341_110677_Numerical_File,_5-2500
Agency: Department of War
Incident date: 10/14/55
Incident location: Azerbaijan
Page 8
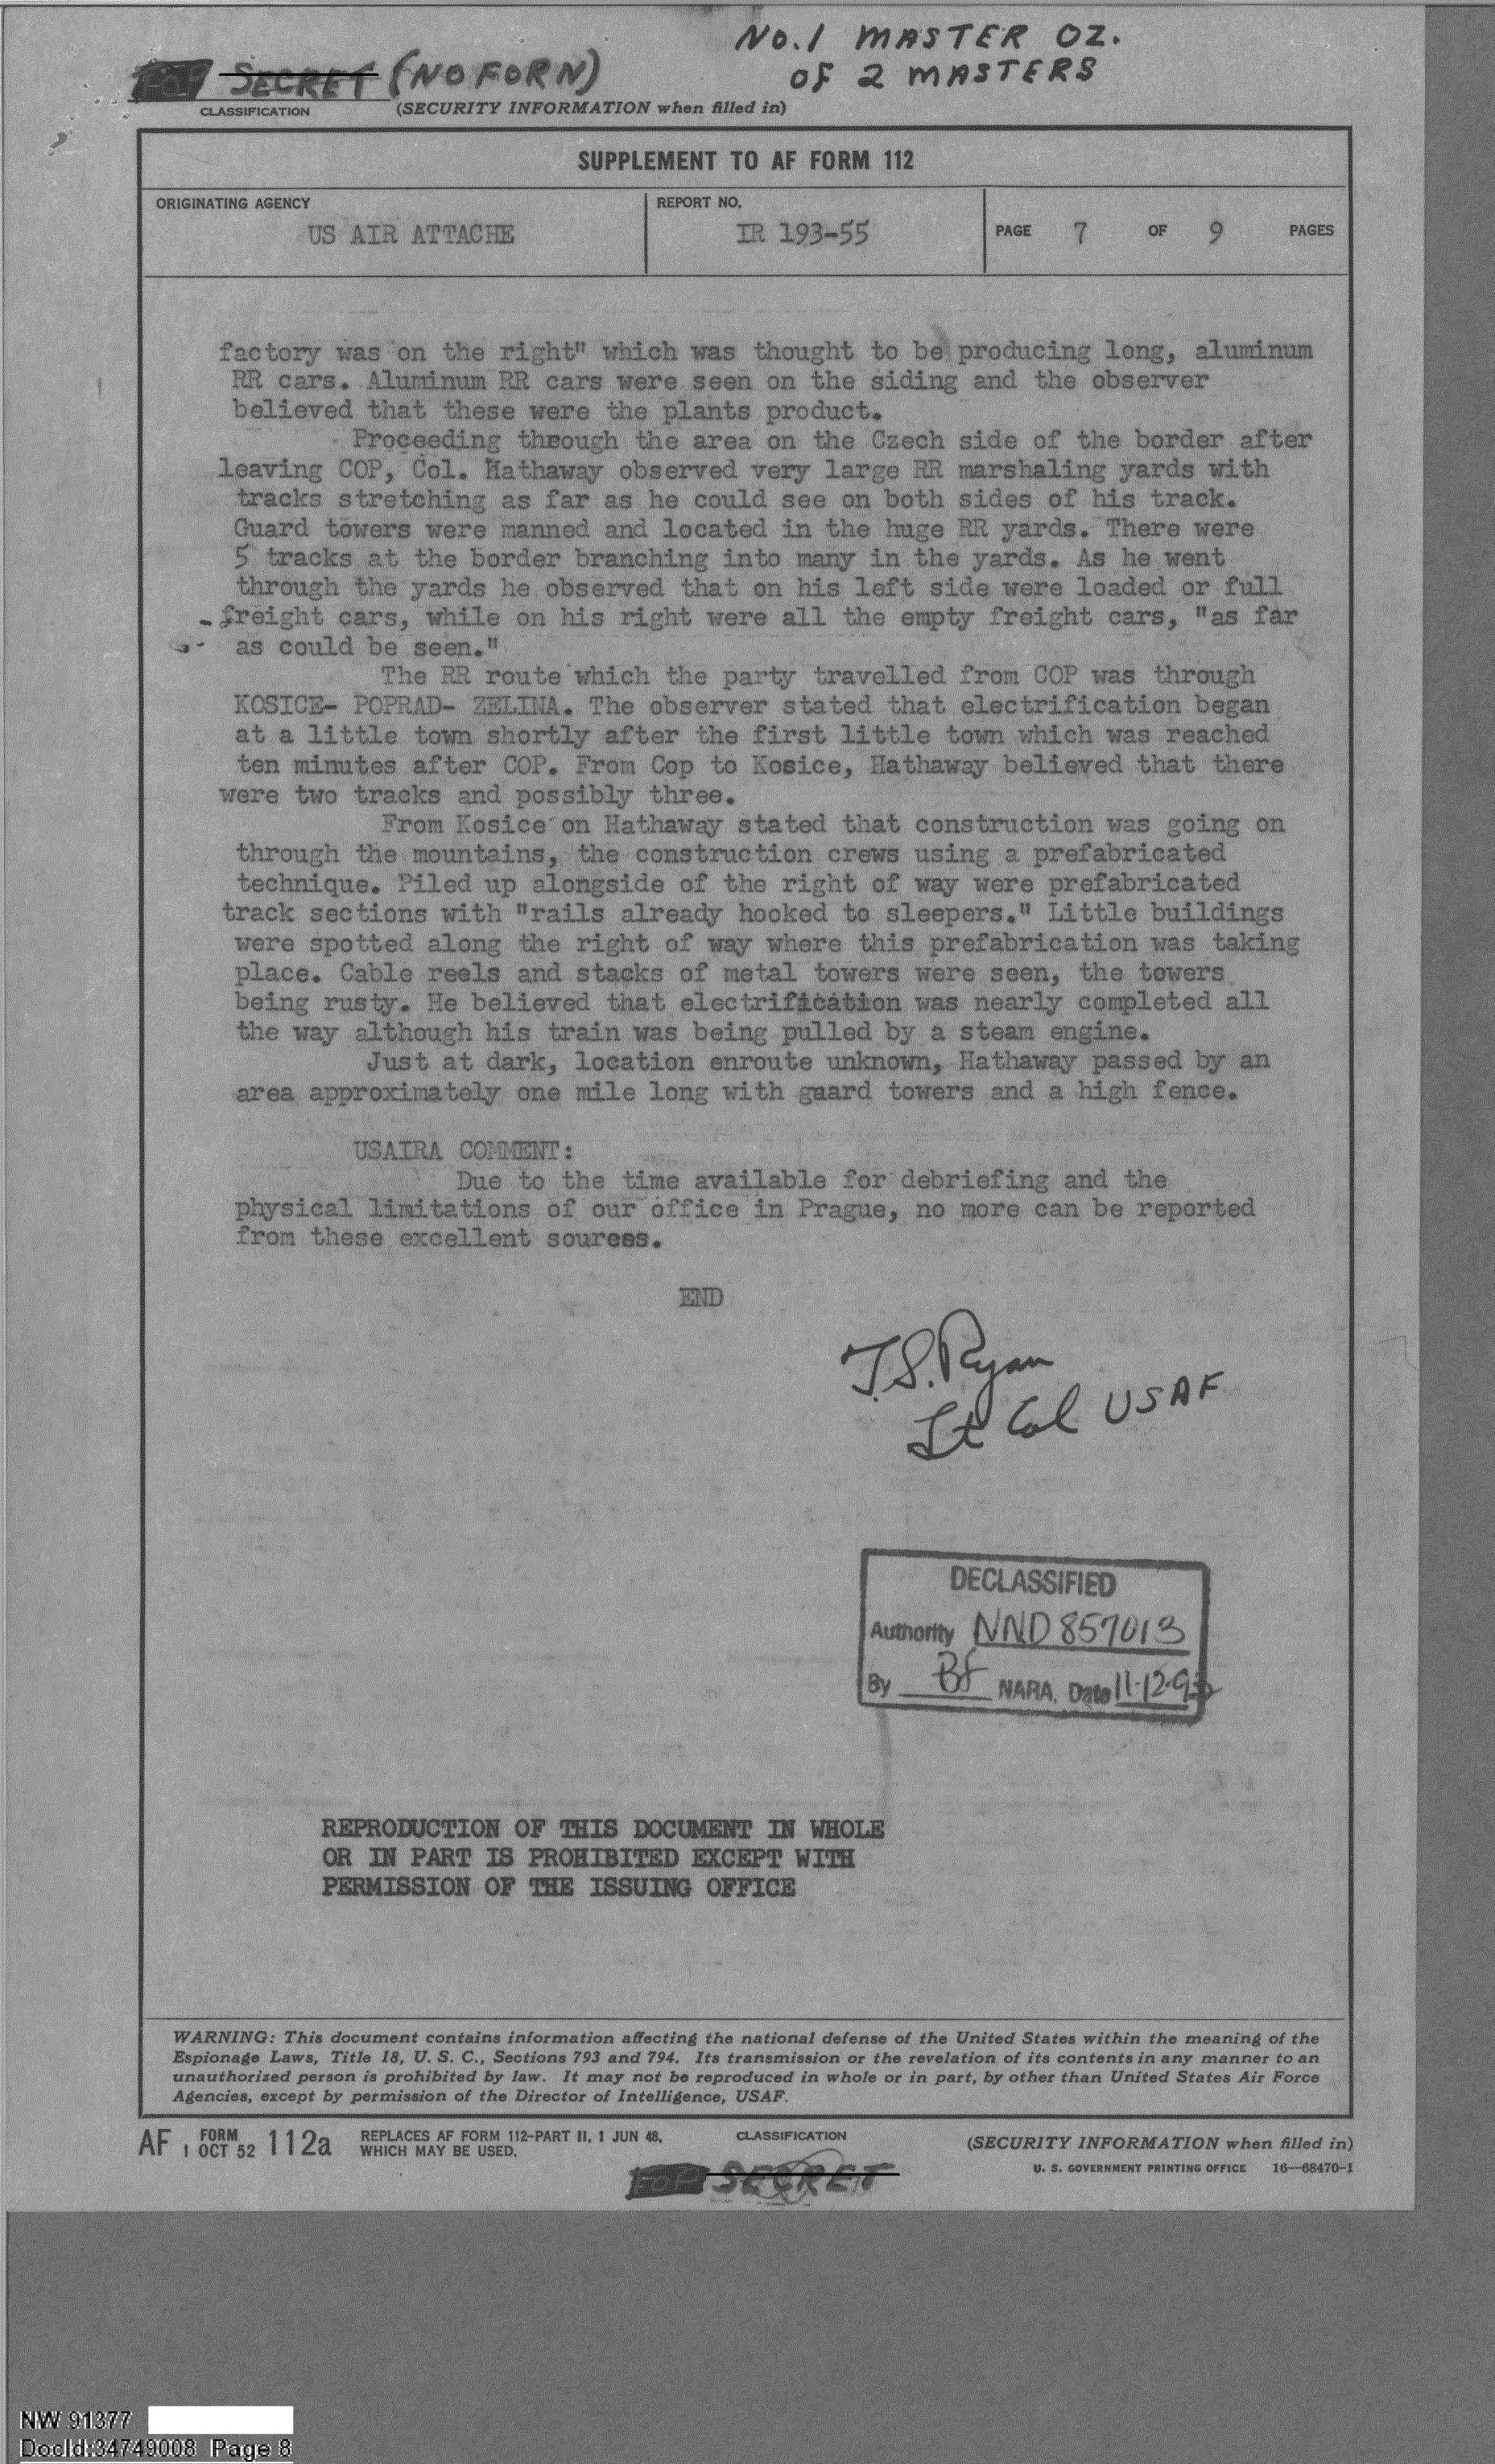